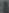
&